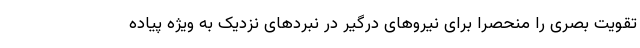
تقویت بصری را منحصرا برای نیروهای درگیر در نبردهای نزدیک به ویژه پیاده